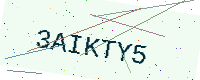
Text: 3AIKTY5